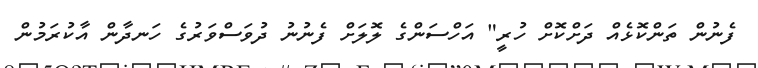
ފެނުން ތަންކޮޅެއް ދަށްކޮށް ހުރީ" އަހްސަންގެ ލޮލަށް ފެނުނު ދުވަސްވަރުގެ ހަނދާން އާކުރަމުން